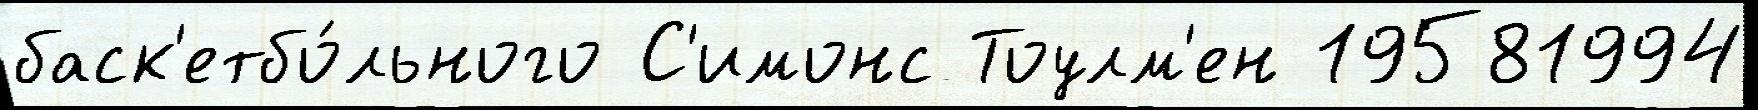
баск'етбо́льного С'имонс Тоулм'ен 19581994